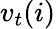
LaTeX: {v_{t}}(i)